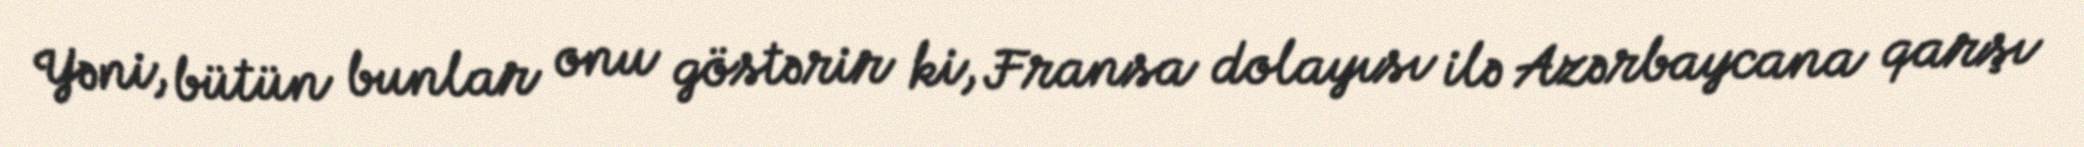
Yəni, bütün bunlar onu göstərir ki, Fransa dolayısı ilə Azərbaycana qarşı